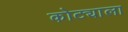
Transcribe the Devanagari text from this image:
कोट्याला